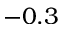
- 0 . 3